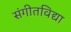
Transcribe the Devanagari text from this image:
संगीतविद्या